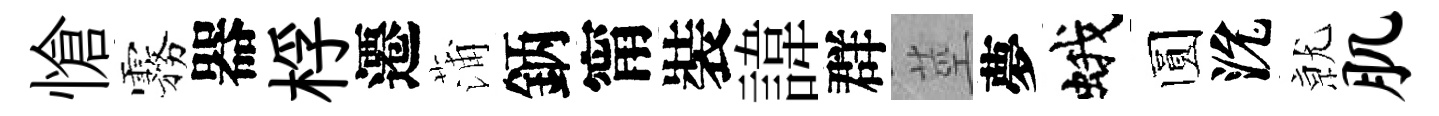
愴霧器桴遷蒲鈵甯裝諱群莖夢蛾圆沇𭕒肌